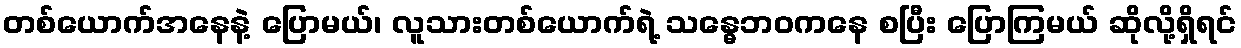
တစ်ယောက်အနေနဲ့ ပြောမယ်၊ လူသားတစ်ယောက်ရဲ့ သန္ဓေဘဝကနေ စပြီး ပြောကြမယ် ဆိုလို့ရှိရင်